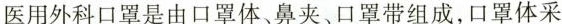
医用外科口罩是由口罩体、鼻夹、口罩带组成，口罩体采